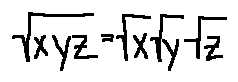
\sqrt { x y z } = \sqrt { x } \sqrt { y } \sqrt { z }